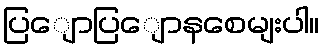
ပြျောပြျောနစေမျးပါ။